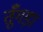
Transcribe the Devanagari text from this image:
तूँगड़ा